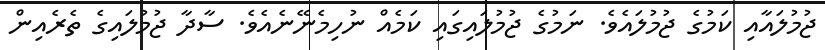
ޖުމުލައާއި ކަމުގެ ޖުމުލައެވެ. ނަމުގެ ޖުމުލައިގައި ކަމެއް ނުހިމެނޭނެއެވެ. ސާދާ ޖުމުލައިގެ ތެރެއިން